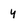
Character: y